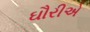
ઘૌરીએ